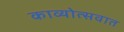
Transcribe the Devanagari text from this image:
काव्योत्सवात